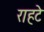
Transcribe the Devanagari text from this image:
राहटे